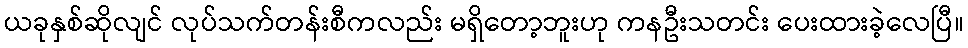
ယခုနှစ်ဆိုလျင် လုပ်သက်တန်းစီကလည်း မရှိတော့ဘူးဟု ကနဦးသတင်း ပေးထားခဲ့လေပြီ။